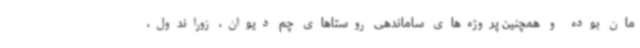
مان بوده و همچنین پروژه‌های ساماندهی روستاهای چم دیوان، زوراندول،